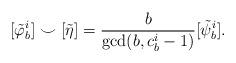
LaTeX: \begin{align*}[\tilde{\varphi}_b^i] \smile [\tilde{\eta}] = \frac{b}{\gcd(b,c_b^i-1)}[\tilde{\psi}_b^i].\end{align*}